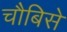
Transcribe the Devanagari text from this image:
चौबिसे